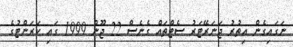
ނަގައިގެން އިތުރު ޖަނަރޭޓަރު ސެޓްތައް ގެނެސް 22 ޖޫން 1999 ގައި ކަރަންޓުގެ